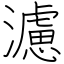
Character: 濾